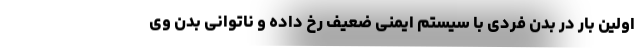
اولین بار در بدن فردی با سیستم ایمنی ضعیف رخ داده و ناتوانی بدن وی